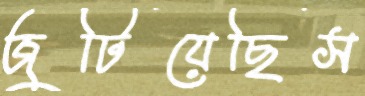
জুটিয়েছিস